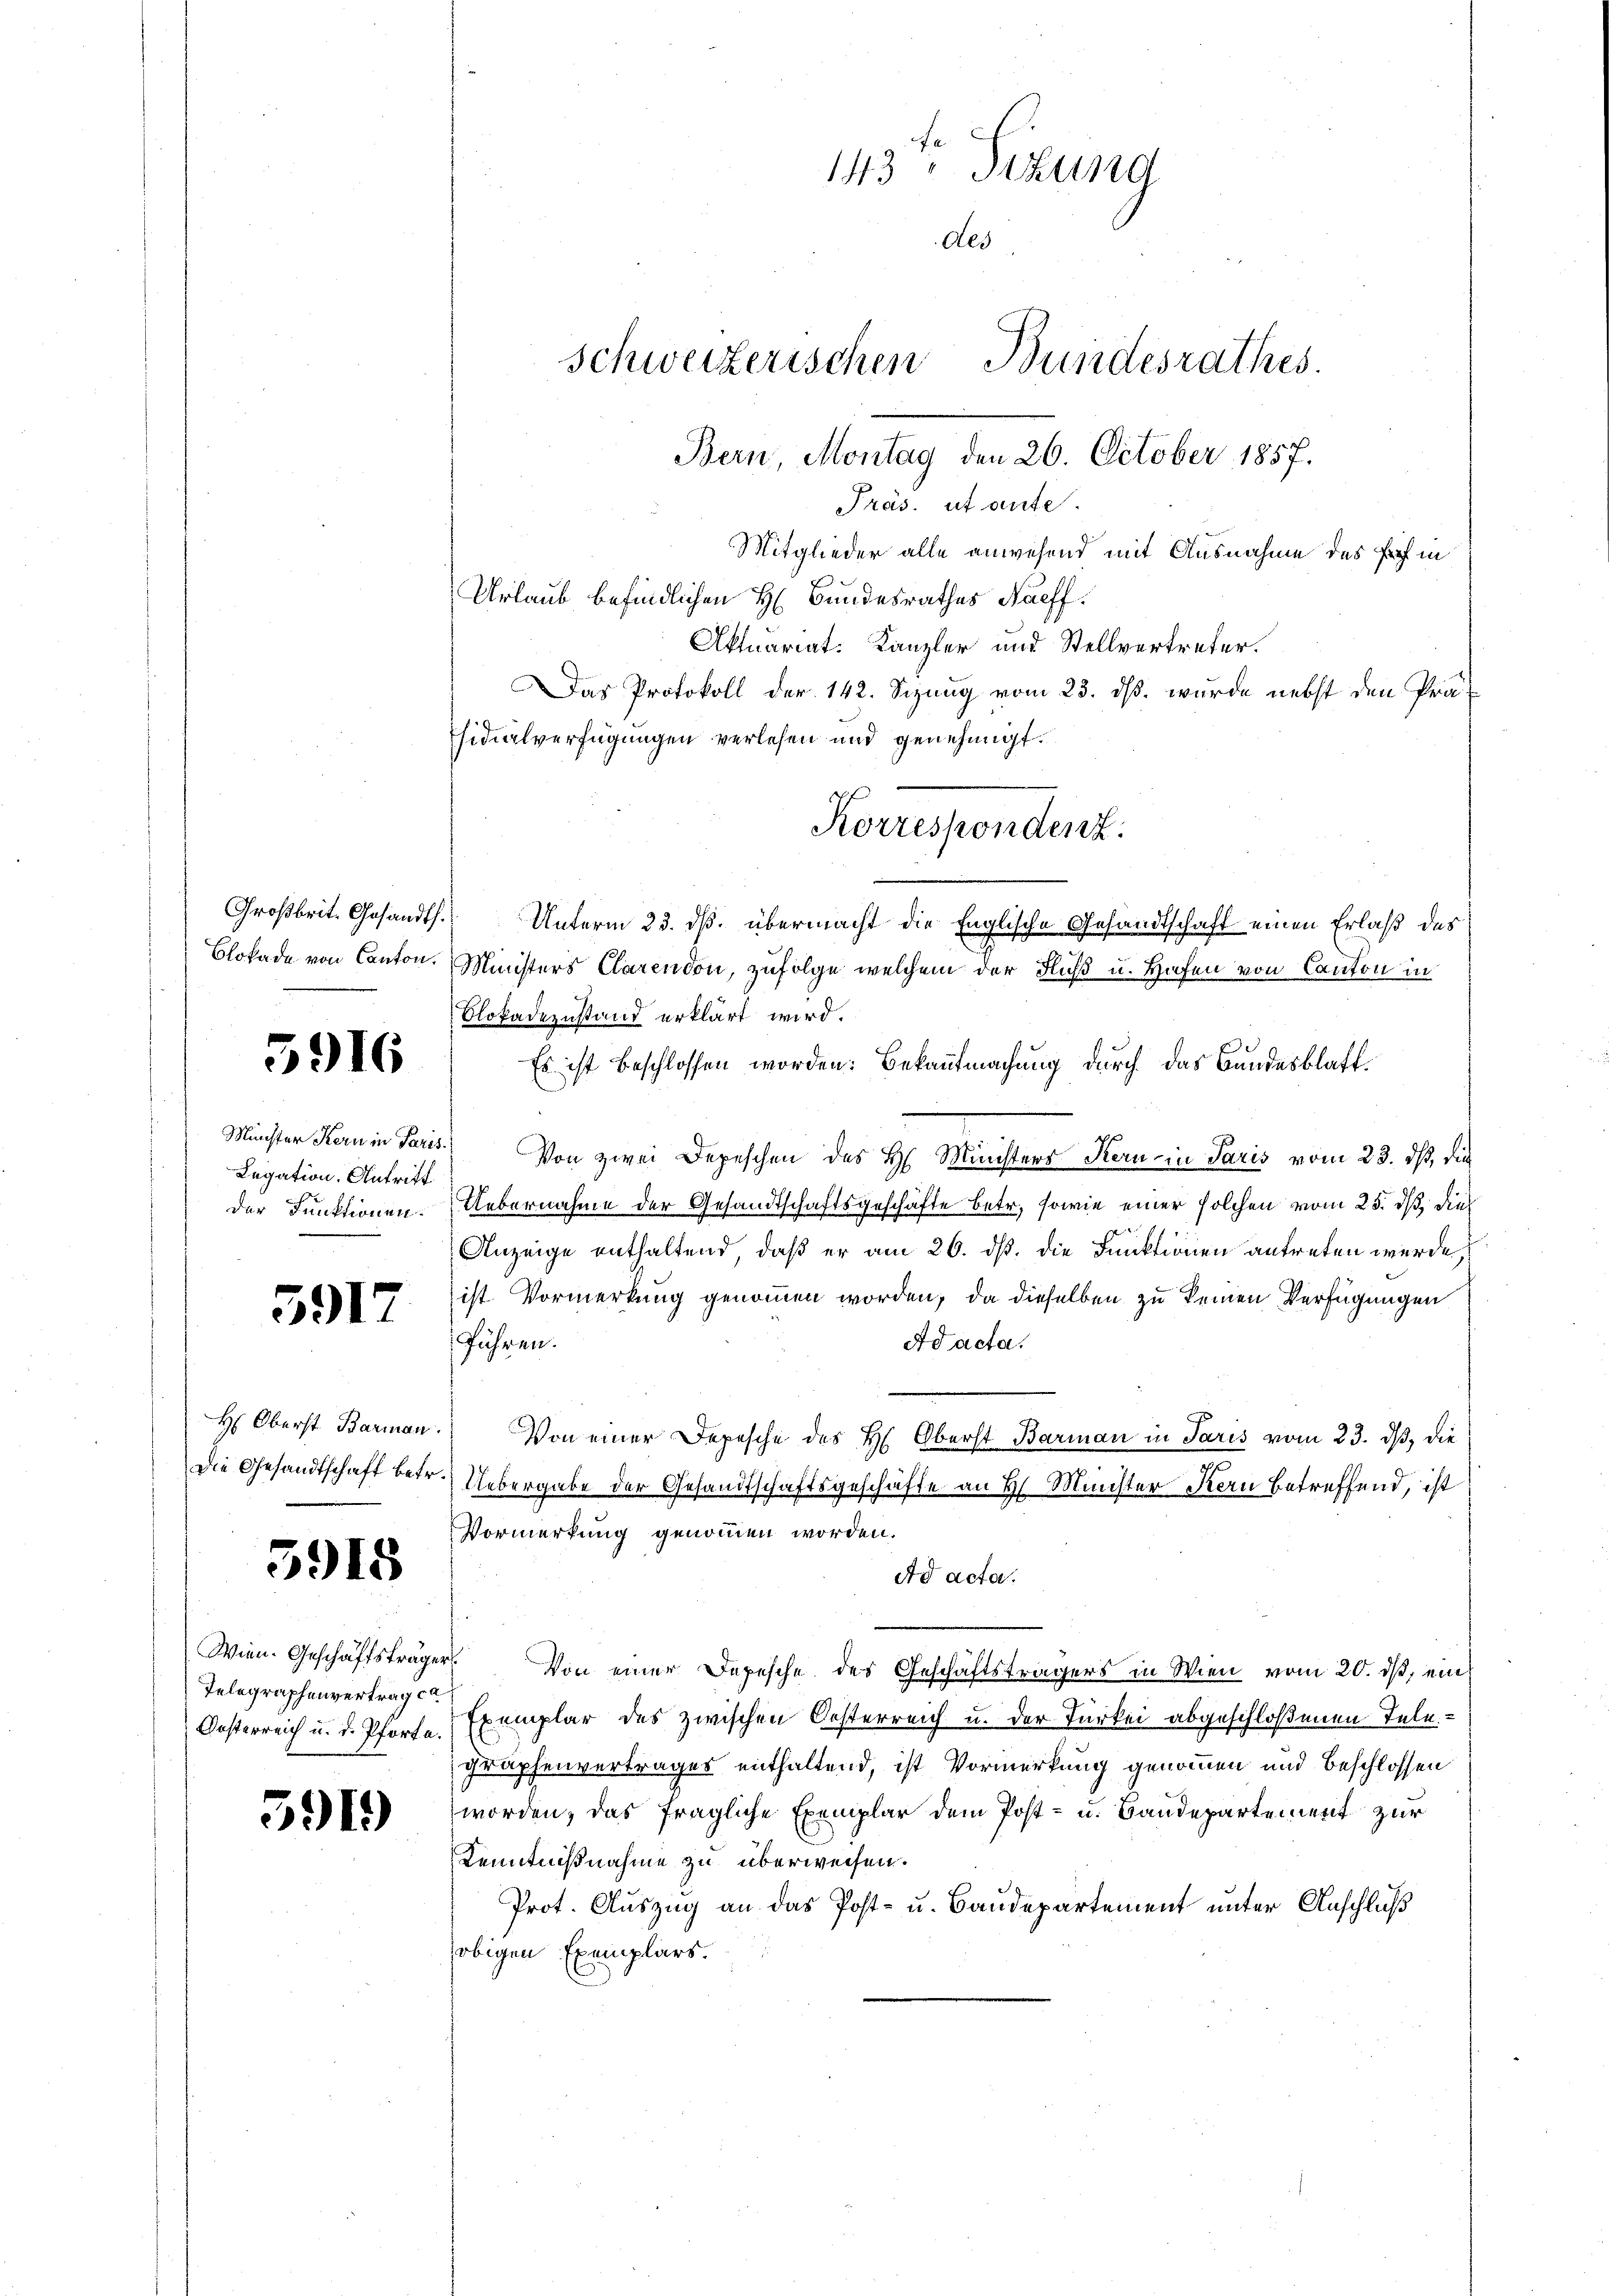
5916

Legation. Antritt

5917

Die Gesandtschaft betr.

3918

Telegraphenvertrag c
Kosterreich u. d. Pforta.

591)

113ten Sitzung
Als
Schweizerischen Bundesrathes.
Bern, Montag den 26. October 1857.
Präs. ut ante.
Mitglieder alle anwesend mit Ausnahme des Prof in

Urlaub befindlichen H. Bundesrathes Naeff¬
Aktuariat-Kanzler und Stellvertreter.
Das Protokoll der 142. Sizung vom 23. ds. wurde nebst den Präsidialverfügungen verlesen und genehmigt.
Großbrit. Gesandts. Unterm 23. dß. übermacht die Englische Gesandtschaft einen Erlaß des
Blokade von Canton. Ministers Clarendon, zufolge welchem der Fluß u. Hafen von Canton in
Olokadezustand erklärt wird.
Es ist beschlossen worden. Bekanntmachung durch das Bundesblatt¬
Minister Kern in Paris. Von zwei Depeschen des H. Ministers Kern in Paris vom 23. ds, die
der Funktionen. Uebernahme der Gesandtschaftsgeschäfte betr. sowie einer solchen vom 25. dß dies
Anzeige enthaltend, daß er am 26. ds. die Funktionen antreten werde,
ist Vormerkung genommen worden, da dieselben zu keinen Verfügungen
führen.
Ad acta.
H. Oberst Barman. Von einer Depesche des H. Oberst Barman in Paris vom 23. ds, die
Uebergabe der Gesandtschaftsgeschäfte an H. Münster Kern betreffend, ist
Vormerkung genommen worden.
ad acta.
Wien. Geschäftsträger. Von einer Depesche des Geschäftsträgers in Wien vom 20. ds, ein
Exemplar des zwischen Oesterreich u. der Türkei abgeschloßenen Telegraphenvertrages enthaltend, ist Vormerkung genommen und beschlossen
worden, das fragliche Exemplar dem Post- u. Baudepartement zur
Kenntnißnahme zu überweisen.
Prot. Auszug an das Post- u. Baudepartement unter Anschluß
obigen Exemplars.

Korrespondenz.